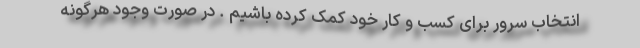
انتخاب سرور برای کسب و کار خود کمک کرده باشیم . در صورت وجود هرگونه